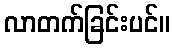
လာတက်ခြင်းပင်။